Indian journal of veterinary science and animal husbandry - Volume 1,
Year: 1931
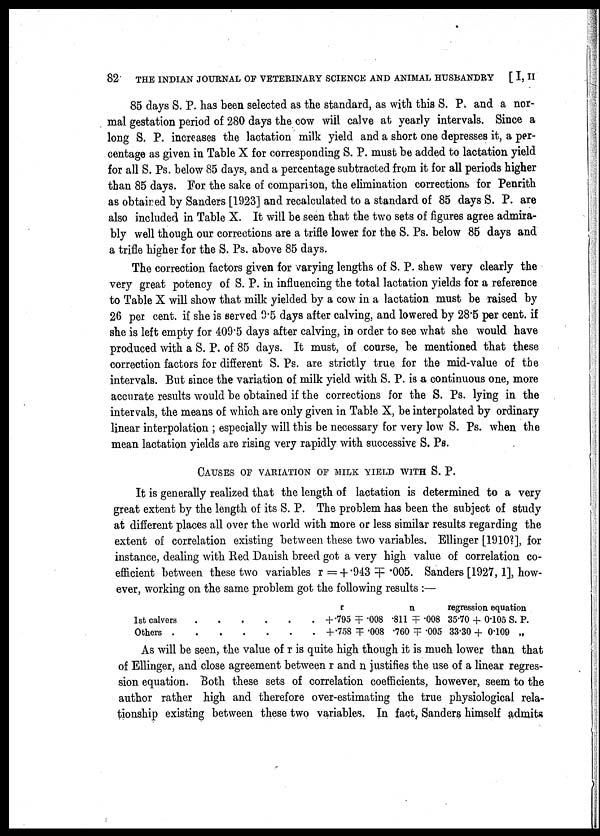
82
THE INDIAN JOURNAL OF VETERINARY SCIENCE AND ANIMAL HUSBANDRY [ I, II
85 days S. P. has been selected as the standard, as with this S. P. and a nor
mal gestation period of 280 days the cow will calve at yearly intervals. Since a
long S. P. increases the lactation milk yield and a short one depresses it, a per
centage as given in Table X for corresponding S. P. must be added to lactation yield
for all S. Ps. below 85 days, and a percentage subtracted from it for all periods higher
than 85 days. For the sake of comparison, the elimination corrections for Penrith
as obtaired by Sanders [1923] and recalculated to a standard of 85 days S. P. are
also included in Table X. It will be seen that the two sets of figures agree admira
bly well though our corrections are a trifle lower for the S. Ps. below 85 days and
a trifle higher for the S. Ps. above 85 days.
The correction factors given for varying lengths of S. P. shew very clearly the
very great potency of S. P. in influencing the total lactation yields for a reference
to Table X will show that milk yielded by a cow in a lactation must be raised by
26 per cent. if she is served 9.5 days after calving, and lowered by 28.5 per cent. if
she is left empty for 409.5 days after calving, in order to see what she would have
produced with a S. P. of 85 days. It must, of course, be mentioned that these
correction factors for different S. Ps. are strictly true for the mid-value of the
intervals. But since the variation of milk yield with S. P. is a continuous one, more
accurate results would be obtained if the corrections for the S. Ps. lying in the
intervals, the means of which are only given in Table X, be interpolated by ordinary
linear interpolation ; especially will this be necessary for very low S. Ps. when the
mean lactation yields are rising very rapidly with successive S. Ps.
CAUSES OF VARIATION OF MILK YIELD WITH S. P.
It is generally realized that the length of lactation is determined to a very
great extent by the length of its S. P. The problem has been the subject of study
at different places all over the world with more or less similar results regarding the
extent of correlation existing between these two variables. Ellinger [1910?], for
instance, dealing with Red Danish breed got a very high value of correlation co
efficient between these two variables r = +.943 ╤ .005. Sanders [1927, 1], how
ever, working on the same problem got the following results :—
1st calvers
Others .
.
.
.
.
.
r
+.795
+.758
╤
╤
.008
.008
.811
.760
n
╤
╤
.008
.005
regression equation
35.70
33.30
+
+
0.105
0.109
S. P.
„
As will be seen, the value of r is quite high though it is much lower than that
of Ellinger, and close agreement between r and n justifies the use of a linear regres
sion equation. Both these sets of correlation coefficients, however, seem to the
author rather high and therefore over-estimating the true physiological rela
tionship existing between these two variables. In fact, Sanders himself admits